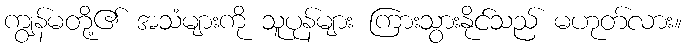
ကျွန်မတို့၏ အသံများကို သူပုန်များ ကြားသွားနိုင်သည် မဟုတ်လား။